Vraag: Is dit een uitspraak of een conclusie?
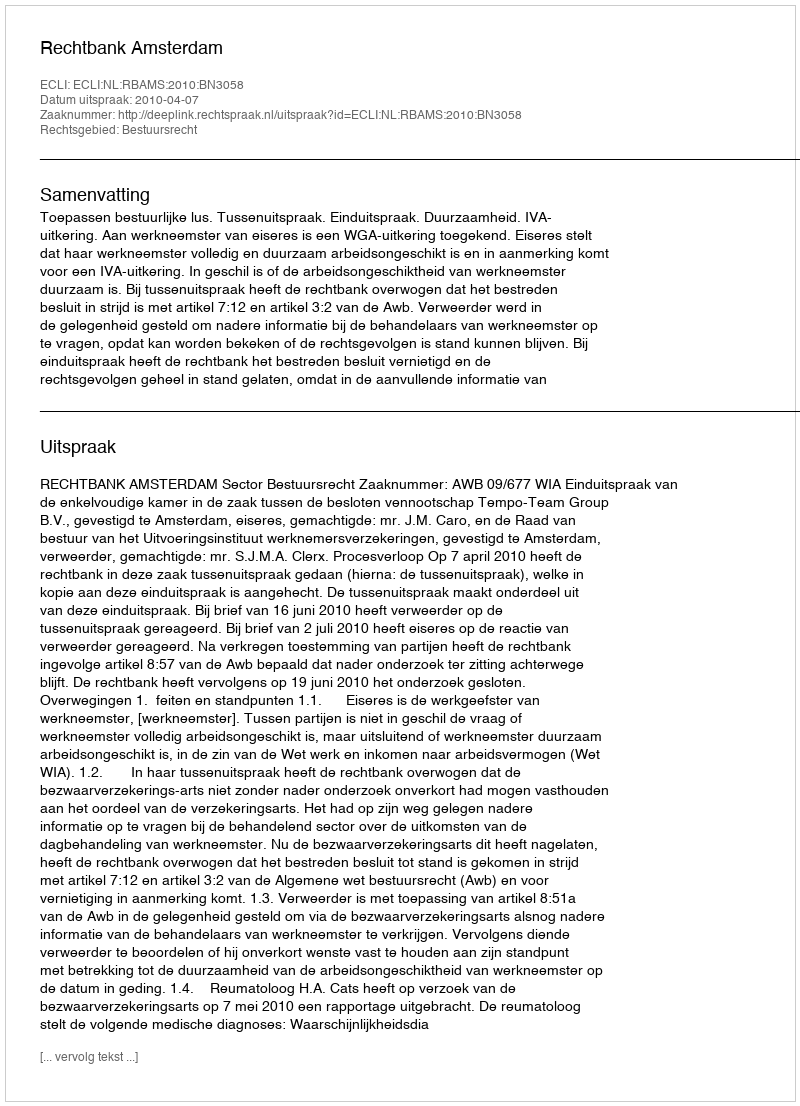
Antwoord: Uitspraak